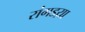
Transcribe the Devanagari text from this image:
रांगडय़ा